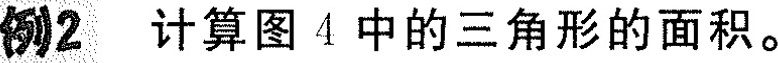
例2 计算图4中的三角形的面积。